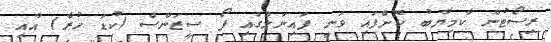
ރިސޯޓުން ކާމިޔާބު ކޮށްފައި ވަނީ ފައިނަލްގައި ފޯ ސީޒަންސް (ކުޑަ ހުރާ) އާއި